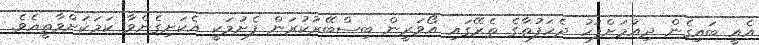
އެއީ ބައިގެން ދިއުމަށްފަހު ދެހަފުތާގެ ތެރޭގައި އޯވަރީން ބިސްބޭރުކުރަން ފެށުމަކީ އެކަށިގެންވާ ކަމަކަށްވާތީއެވެ.